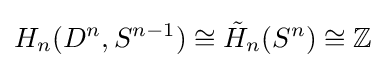
H_{n}(D^{n},S^{n-1})\cong {\tilde {H}}_{n}(S^{n})\cong \mathbb {Z}